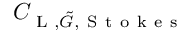
C _ { \textup { L } , \tilde { G } , \mathrm { ~ S ~ t ~ o ~ k ~ e ~ s ~ } }